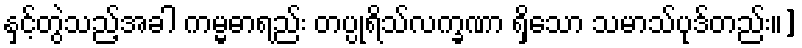
နှင့်တွဲသည့်အခါ ကမ္မဓာရည်း တပ္ပုရိသ်လက္ခဏာ ရှိသော သမာသ်ပုဒ်တည်း။]